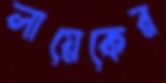
লায়েকের